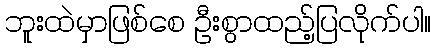
ဘူးထဲမှာဖြစ်စေ ဦးစွာထည့်ပြလိုက်ပါ။